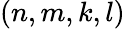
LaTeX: (n,m,k,l)